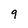
Character: 9